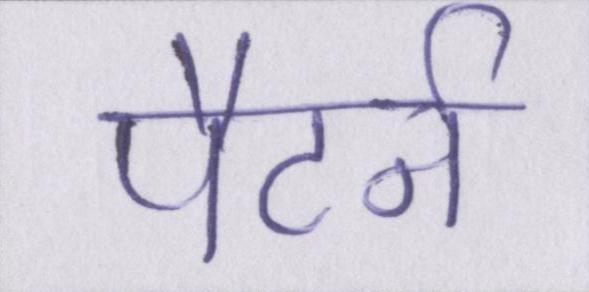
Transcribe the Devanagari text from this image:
पैटर्न